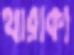
থারাকা